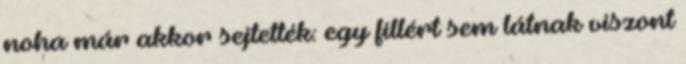
noha már akkor sejtették: egy fillért sem látnak viszont